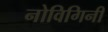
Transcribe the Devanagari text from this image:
नोविगिनी